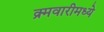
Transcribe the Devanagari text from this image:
क्र्मवारीमध्ये